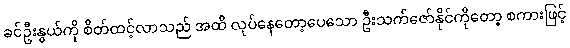
ခင်ဦးနွယ်ကို စိတ်ထင့်လာသည် အထိ လုပ်နေတော့ပေသော ဦးသက်ဇော်နိုင်ကိုတော့ စကားဖြင့်